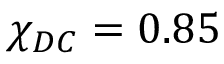
\chi _ { D C } = 0 . 8 5